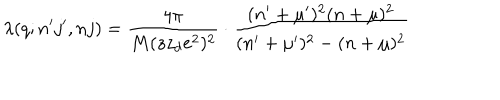
\lambda ( q ; n ^ { \prime } j ^ { \prime } , n j ) = \frac { 4 \pi } { M ( z z _ { d } e ^ { 2 } ) ^ { 2 } } \cdot \frac { ( n ^ { \prime } + \mu ^ { \prime } ) ^ { 2 } ( n + \mu ) ^ { 2 } } { ( n ^ { \prime } + \mu ^ { \prime } ) ^ { 2 } - ( n + \mu ) ^ { 2 } }